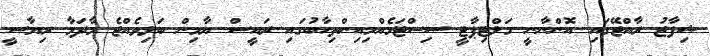
ޝިފާޒު ރާއްޖޭގައި އޮންނާނީ މަލްޓިޕާޓީ ސިސްޓަމެއްމިއިންތިހާބުގައި ރައީސް ޔާމިން ބަލިވެއްޖެ މާދަމާ ރިޔާސީ